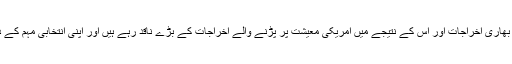
امریکی صدر ڈونلڈ ٹرمپ افغان جنگ میں ہونے والے بھاری اخراجات اور اس کے نتیجے میں امریکی معیشت پر پڑنے والے اخراجات کے بڑے ناقد رہے ہیں اور اپنی انتخابی مہم کے دوران انہوں نے اس جنگ کے خاتمے پر زور دیا تھا۔